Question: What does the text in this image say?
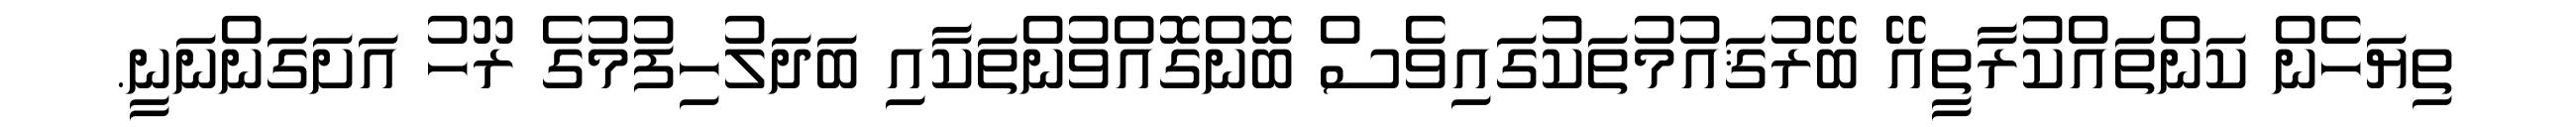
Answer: ތިޔަހެން ކަންތައްކުރާތީއޭ ބޭރުޤައުމުތަކުގައިވެސް ބޮންގޮއްވުންތަކާއި ބަދަލުހިފުމުގެ ރޫހު އަށަގަންނަނީ.